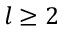
l \geq 2